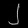
Digit: ၂